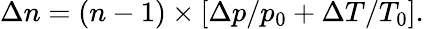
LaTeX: \Delta n=\left(n-1\right)\times\left[\Delta p/p_{0}+\Delta T/T_{0}\right].